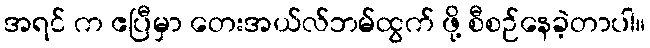
အရင် က ဧပြီမှာ တေးအယ်လ်ဘမ်ထွက် ဖို့ စီစဉ်နေခဲ့တာပါ။